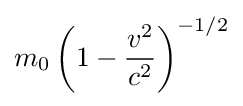
m_{0}\left(1-{\frac {v^{2}}{c^{2}}}\right)^{-1/2}